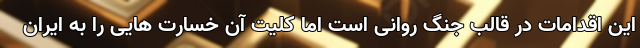
این اقدامات در قالب جنگ روانی است اما کلیت آن خسارت هایی را به ایران